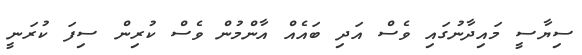
ސިޔާސީ މައިދާނުގައި ވެސް އަދި ބައެއް އާންމުން ވެސް ކުރިން ސިފަ ކުރަނީ